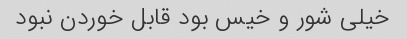
خیلی شور و خیس بود قابل خوردن نبود